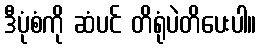
ဒီပုံစံကို ဆံပင် တိရုံပဲတိပေးပါ။